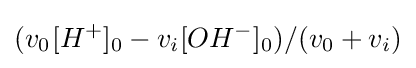
(v_{0^{}}[H^{+}]_{0}-v_{i}[OH^{-}]_{0})/(v_{0}+v_{i})